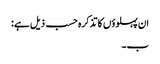
ان پہلوؤں کا تذکرہ حسب ذیل ہے:
ب۔